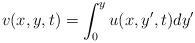
LaTeX: \begin{align*}v (x,y,t) = \int_0^y u(x,y',t) dy' \end{align*}